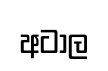
අටාල